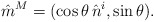
\begin{align*}\hat m^M =(\cos\theta\,\hat n^i, \sin\theta ).\end{align*}